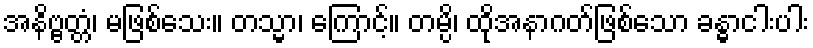
အနိဗ္ဗတ္တံ၊ မဖြစ်သေး။ တသ္မာ၊ ကြောင့်။ တမ္ပိ၊ ထိုအနာဂတ်ဖြစ်သော ခန္ဓာငါးပါး